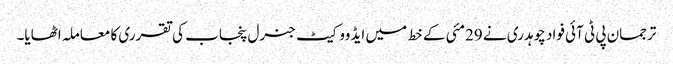
ترجمان پی ٹی آئی فواد چوہدری نے 29مئی کے خط میں ایڈووکیٹ جنرل پنجاب کی تقرری کا معاملہ اٹھایا۔